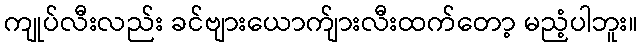
ကျုပ်လီးလည်း ခင်ဗျားယောက်ျားလီးထက်တော့ မညံ့ပါဘူး။